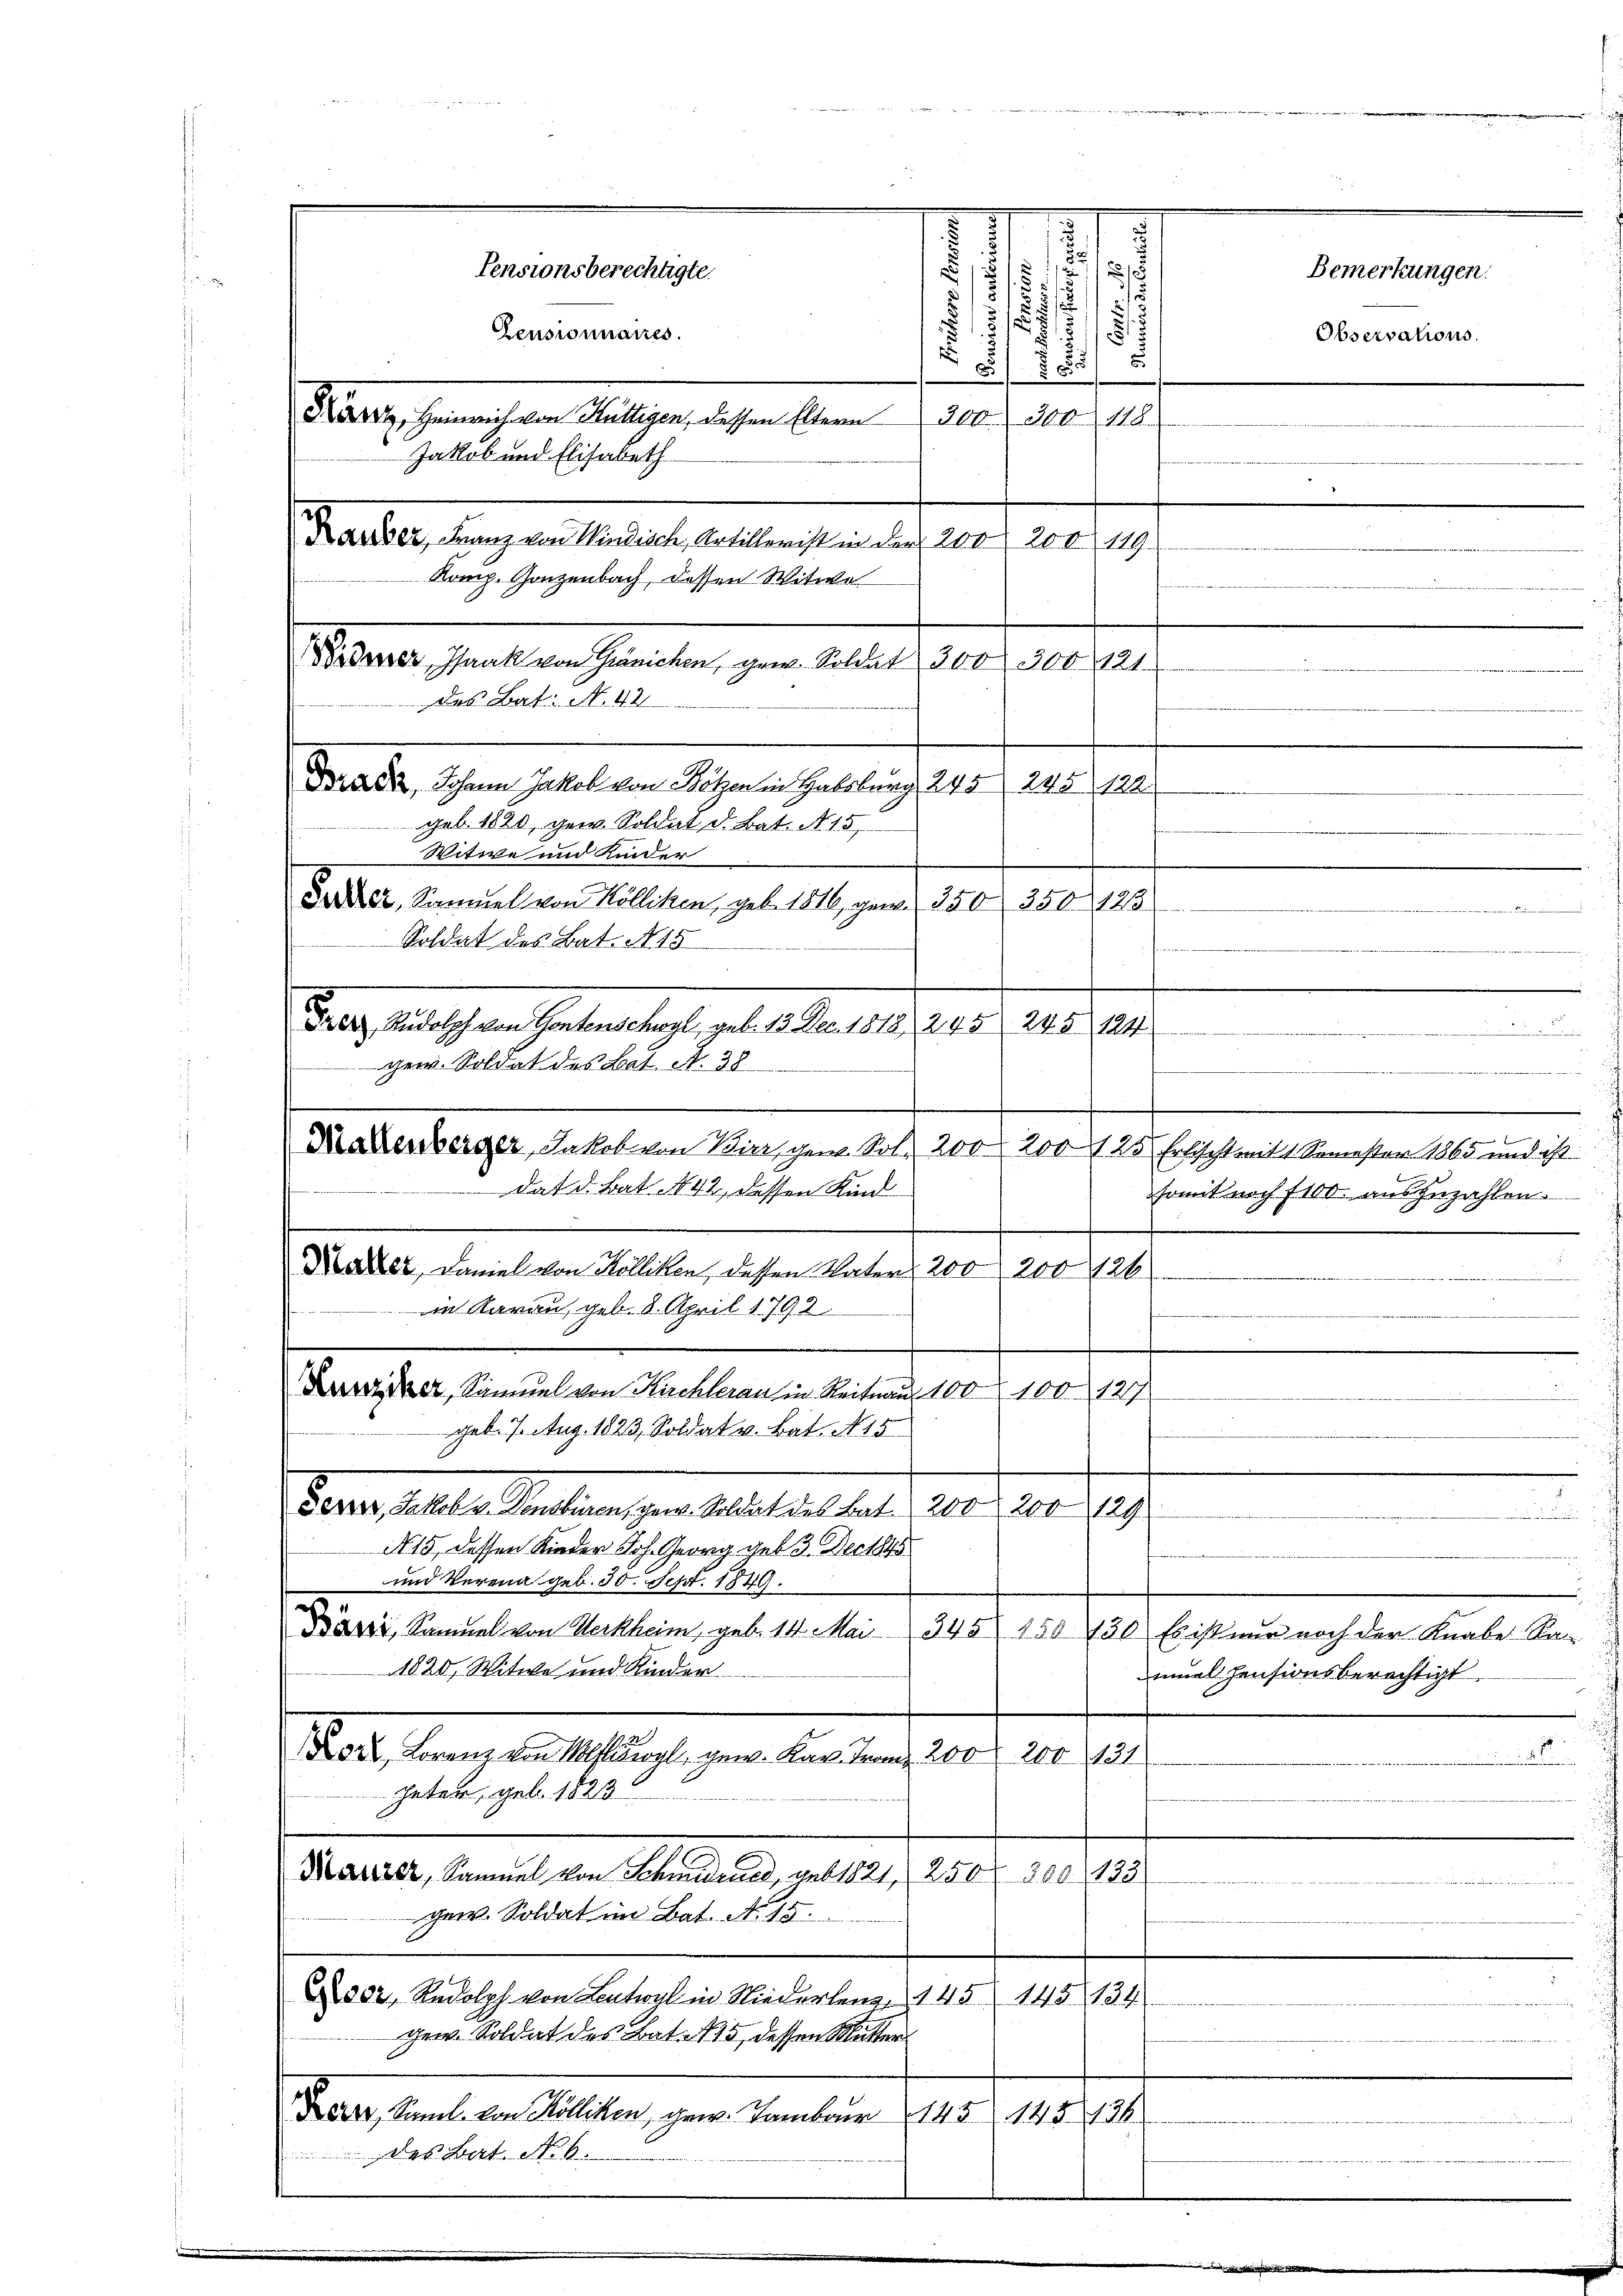
5
1
5
e
2
Pensionsberechtigte.
,5
)
2
5
.
Censionnaires.
1

300. 300 118.
Kauber, Franz von Windisch, Artillerist in der 200, 200. 119.
ooren. Jennen Garanten, gene Bestalt der des 1810.
des Bat. N. 42
Grade, ihm haltet ein Segen entlich 1810. 10. d.
geb. 1820, gew. Soldat d. Bat. N. 15
Witwe und Kinder
Juker, Samuel von Kölliken, geb. 1816, gew. 350 350 123
Soldat des Bat. 15
drang Anschen haben lag gelte der an die Rede aus
Die Denberger, Jakob von Bier, gen. Sol. 200 200 125 Erlischt mit 1. Semester 1865 und ist.
t
Nater, Daniel von Kölliken, dessen Vater 200, 200 126
in Aarau, geb. 8. April 1792.
Dawider, Samuel von Kuchleran in Reitnau 100 100. 127
geb. 7. Aug. 1823, Soldat v. Bat. N. 15
Devestellen Seiten gern belastet hat. 210. 10. 1919.
N 15, dessen Kinder Joh. Georg geb. 3. Der 1845
und Verena geb. 30. Sept. 1849.
Praxis, Samuel von Martheim, geb. 141. Mai 1848. 151. 180 bist mir noch der Knabe Se-
1820, Witwe und Kinder.
Lor. Lorenz von Allwyl, gew. Kar. Franz 200 200 431
haten, geb. 1823
Mater, damit den Seiten, alles, 102. 12. 1803.
gew. Soldat im Bat. No. 15.
N 552, Rudolph von Latwyl in Niederlang 145 145134
gew. Soldat des Bat. 15 dessen Mutter
Bern, sont an Stellen gene Lamber 1890, 10. 198.
des Bat. No. 6.

Dans chanischen Gelegen diesen bean
Jakob und Elisabeth
Komp. Gonzenbach, dessen Witwe

gew. Soldat des Lat. A. 38
dat d. Bat. 142, dessen Kind

Bemerkungen.
Observations.

eter in

muel Pensionsberechtigt

de

.
sef Herre
.
d
somit noch 1100. auszuzahlen.

millen